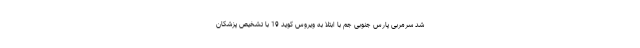
شد سرمربی پارس جنوبی جم با ابتلا به ویروس کوید 19 با تشخیص پزشکان